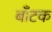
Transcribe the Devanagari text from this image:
बाँटक